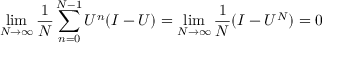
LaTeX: \operatorname* { l i m } _ { N \to \infty } { \frac { 1 } { N } } \sum _ { n = 0 } ^ { N - 1 } U ^ { n } ( I - U ) = \operatorname* { l i m } _ { N \to \infty } { \frac { 1 } { N } } ( I - U ^ { N } ) = 0